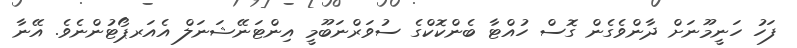
ފަހު ހަނީމޫނަށް ދާންވެގެން ގޮސް ހުއްޓާ ބެންކޮކްގެ ސުވަރްނަބޫމީ އިންޓަނޭޝަނަލް އެއަރޕޯޓުންނެވެ. އޭނާ